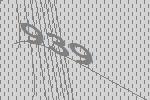
939